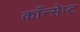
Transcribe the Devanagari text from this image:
काँन्सेप्ट